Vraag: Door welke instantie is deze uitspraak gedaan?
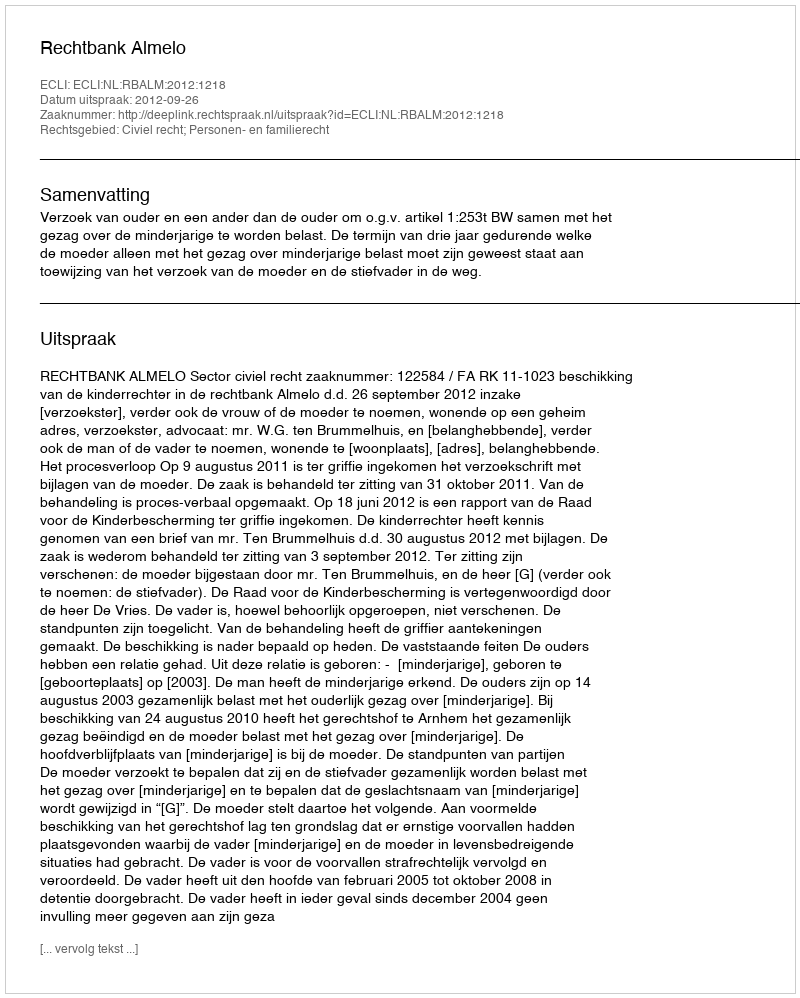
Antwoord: Rechtbank Almelo